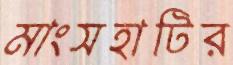
মাংসহাটির